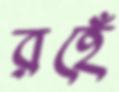
রহেঁ